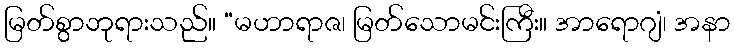
မြတ်စွာဘုရားသည်။ “မဟာရာဇ၊ မြတ်သောမင်းကြီး။ အာရောဂျံ၊ အနာ